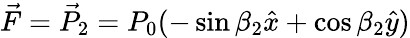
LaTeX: \vec{F}=\vec{P}_{2}=P_{0}(-\sin\beta_{2}\hat{x}+\cos\beta_{2}\hat{y})